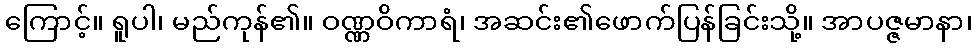
ကြောင့်။ ရူပါ၊ မည်ကုန်၏။ ဝဏ္ဏဝိကာရံ၊ အဆင်း၏ဖောက်ပြန်ခြင်းသို့။ အာပဇ္ဇမာနာ၊